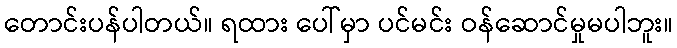
တောင်းပန်ပါတယ်။ ရထား ပေါ်မှာ ပင်မင်း ဝန်ဆောင်မှုမပါဘူး။